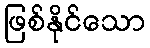
ဖြစ်နိုင်သော